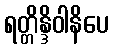
ရတ္တိန္ဒိဝါနိပေ